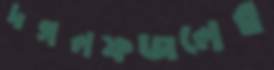
দগলফজলের